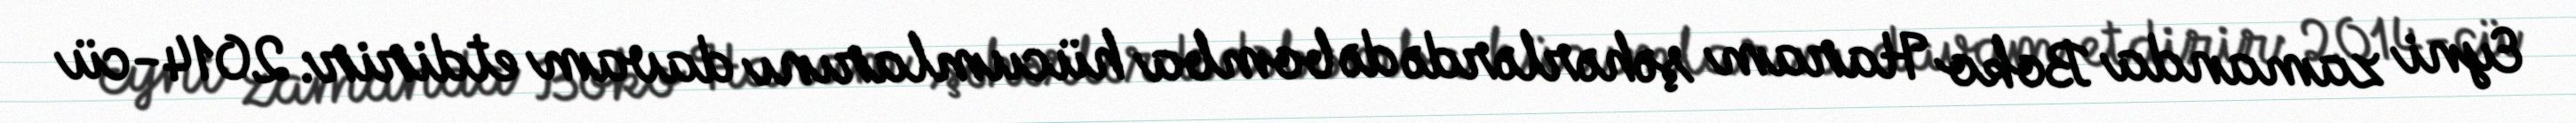
Eyni zamanda Boko Haram şəhərlərdə də bomba hücumlarını davam etdirir: 2014-cü